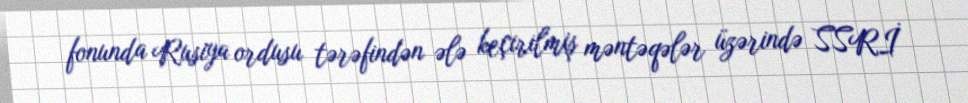
fonunda Rusiya ordusu tərəfindən ələ keçirilmiş məntəqələr üzərində SSRİ